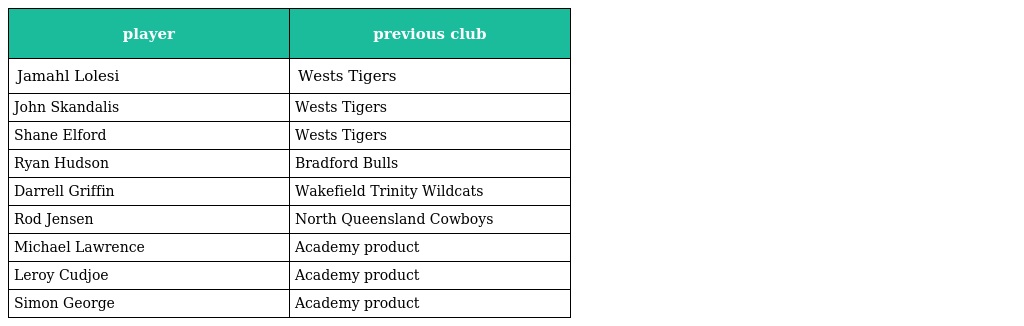
| player | previous club |
 | --- | --- |
 | Jamahl Lolesi | Wests Tigers |
 | John Skandalis | Wests Tigers |
 | Shane Elford | Wests Tigers |
 | Ryan Hudson | Bradford Bulls |
 | Darrell Griffin | Wakefield Trinity Wildcats |
 | Rod Jensen | North Queensland Cowboys |
 | Michael Lawrence | Academy product |
 | Leroy Cudjoe | Academy product |
 | Simon George | Academy product |